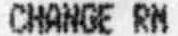
CHANGE RM